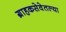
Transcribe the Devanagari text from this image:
ग्राहकसेवेतल्या